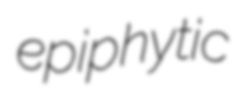
epiphytic